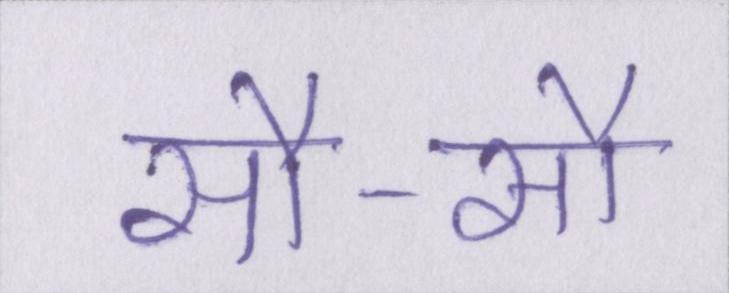
सौ-सौ